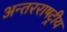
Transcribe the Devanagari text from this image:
अन्तरराषट्रीय